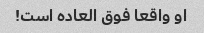
او واقعا فوق العاده است!